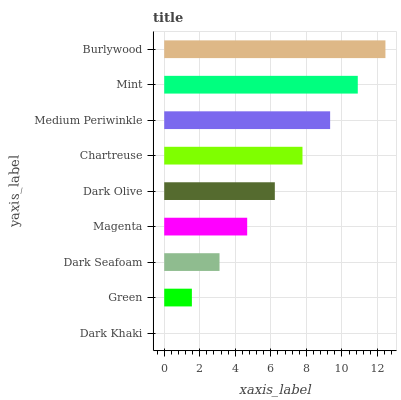
| yaxis_label | bars |
 | --- | --- |
 | Dark Khaki | 0 |
 | Green | 1.56 |
 | Dark Seafoam | 3.11 |
 | Magenta | 4.67 |
 | Dark Olive | 6.22 |
 | Chartreuse | 7.78 |
 | Medium Periwinkle | 9.34 |
 | Mint | 10.9 |
 | Burlywood | 12.4 |